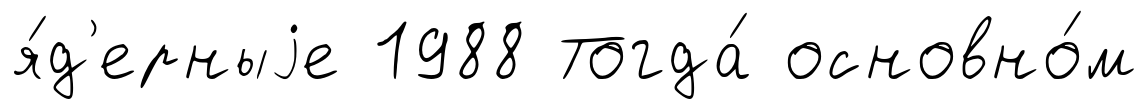
я́д'ерныjе 1988 Тогда́ основно́м